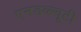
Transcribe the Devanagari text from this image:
एनडब्ल्यूटी